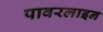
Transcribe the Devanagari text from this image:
पावरलाइन